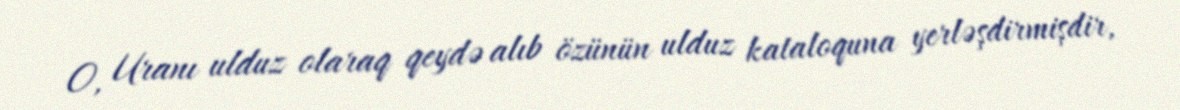
O, Uranı ulduz olaraq qeydə alıb özünün ulduz kataloquna yerləşdirmişdir,